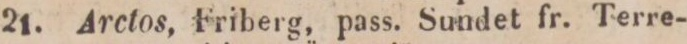
21.    Arctos, Friberg, pass. Sundet fr. Terre-